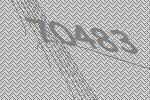
70483